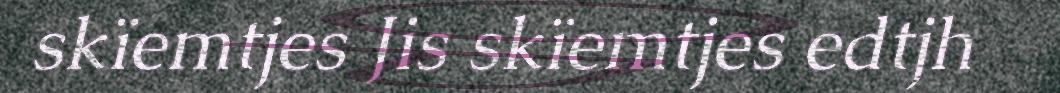
skïemtjes Jis skïemtjes edtjh